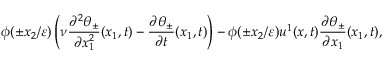
\phi ( \pm x _ { 2 } / \varepsilon ) \left( \nu \frac { \partial ^ { 2 } \theta _ { \pm } } { \partial x _ { 1 } ^ { 2 } } ( x _ { 1 } , t ) - \frac { \partial \theta _ { \pm } } { \partial t } ( x _ { 1 } , t ) \right) - \phi ( \pm x _ { 2 } / \varepsilon ) u ^ { 1 } ( x , t ) \frac { \partial \theta _ { \pm } } { \partial x _ { 1 } } ( x _ { 1 } , t ) ,